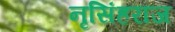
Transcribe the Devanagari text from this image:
नृसिंहराज